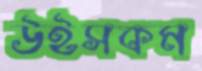
উইসকম